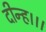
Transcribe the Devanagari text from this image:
दीन्‍ह।।।